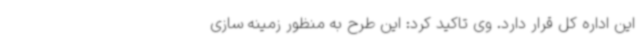
این اداره کل قرار دارد. وی تاکید کرد: این طرح به منظور زمینه سازی